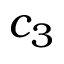
c _ { 3 }